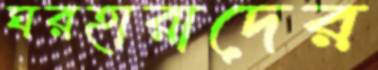
ঘরহারাদের